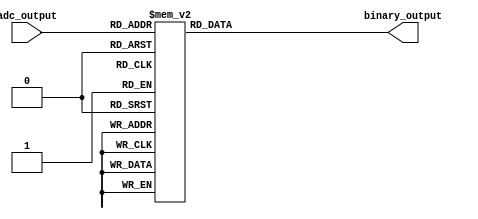
module thermal_encoder (
    input [3:0] adc_output, // 4-bit ADC output representing temperature
    output reg [3:0] binary_output // 4-bit binary output
);

// Combinational logic to map ADC output to binary output
always @(*) begin
    case (adc_output)
        4'b0000: binary_output = 4'b0000; // 0C
        4'b0001: binary_output = 4'b0001; // 1C
        4'b0010: binary_output = 4'b0010; // 2C
        4'b0011: binary_output = 4'b0011; // 3C
        4'b0100: binary_output = 4'b0100; // 4C
        4'b0101: binary_output = 4'b0101; // 5C
        4'b0110: binary_output = 4'b0110; // 6C
        4'b0111: binary_output = 4'b0111; // 7C
        4'b1000: binary_output = 4'b1000; // 8C
        4'b1001: binary_output = 4'b1001; // 9C
        4'b1010: binary_output = 4'b1010; // 10C
        4'b1011: binary_output = 4'b1011; // 11C
        4'b1100: binary_output = 4'b1100; // 12C
        4'b1101: binary_output = 4'b1101; // 13C
        4'b1110: binary_output = 4'b1110; // 14C
        4'b1111: binary_output = 4'b1111; // 15C
        default: binary_output = 4'b0000; // Default case (0C)
    endcase
end

endmodule